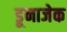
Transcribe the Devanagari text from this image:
डूनाजेक